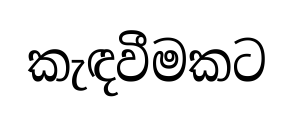
කැඳවීමකට